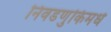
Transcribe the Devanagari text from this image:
निवडणुकिमधे